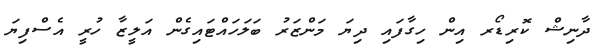
ދާނިޝް ކޮރިޑޯރ އިން ހިގާފައި ދިޔަ މަންޒަރު ބަލަހައްޓައިގެން އަލީޒާ ހުރީ އެސްފިޔަ